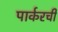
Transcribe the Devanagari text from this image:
पार्करची